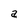
Character: a